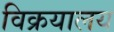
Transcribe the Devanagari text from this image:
विक्रयालय